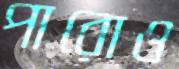
পারোও